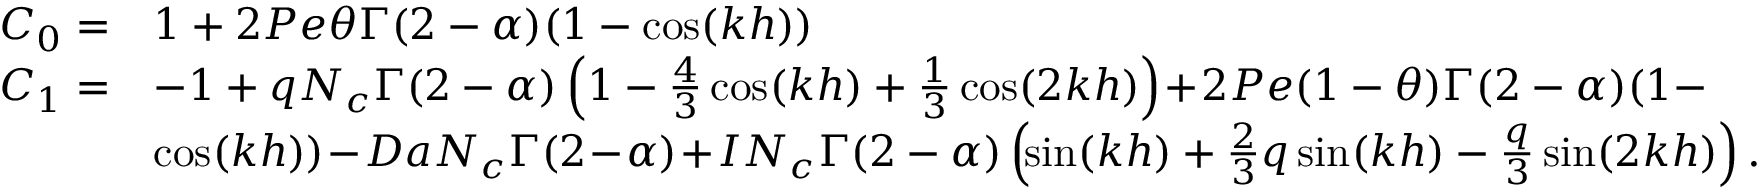
\begin{array} { r l } { C _ { 0 } = } & { 1 + 2 P e \theta \Gamma { ( 2 - \alpha ) } ( 1 - \cos ( k h ) ) } \\ { C _ { 1 } = } & { - 1 + q N _ { c } \Gamma ( 2 - \alpha ) \left( 1 - \frac { 4 } { 3 } \cos ( k h ) + \frac { 1 } { 3 } \cos ( 2 k h ) \right) \! + \! 2 P e ( 1 - \theta ) \Gamma ( 2 - \alpha ) ( 1 - } \\ & { \cos ( k h ) ) \! - \! D a N _ { c } \Gamma ( 2 \! - \! \alpha ) \! + \! I N _ { c } \Gamma ( 2 - \alpha ) \left( \! \sin ( k h ) + \frac { 2 } { 3 } q \sin ( k h ) - \frac { q } { 3 } \sin ( 2 k h ) \right) . } \end{array}